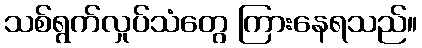
သစ်ရွက်လှုပ်သံတွေ ကြားနေရသည်။